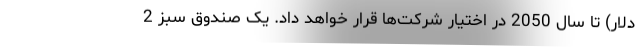
دلار) تا سال 2050 در اختیار شرکت‌ها قرار خواهد داد. یک صندوق سبز 2